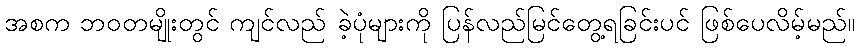
အစက ဘဝတမျိုးတွင် ကျင်လည် ခဲ့ပုံများကို ပြန်လည်မြင်တွေ့ရခြင်းပင် ဖြစ်ပေလိမ့်မည်။